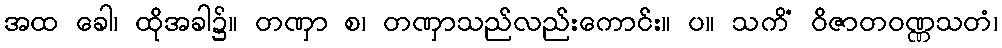
အထ ခေါ၊ ထိုအခါ၌။ တဏှာ စ၊ တဏှာသည်လည်းကောင်း။ ပ။ သကိံ ဝိဇာတဝဏ္ဏသတံ၊